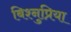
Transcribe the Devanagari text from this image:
बिश्नुप्रिया